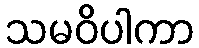
သမဝိပါကာ